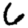
Digit: 6